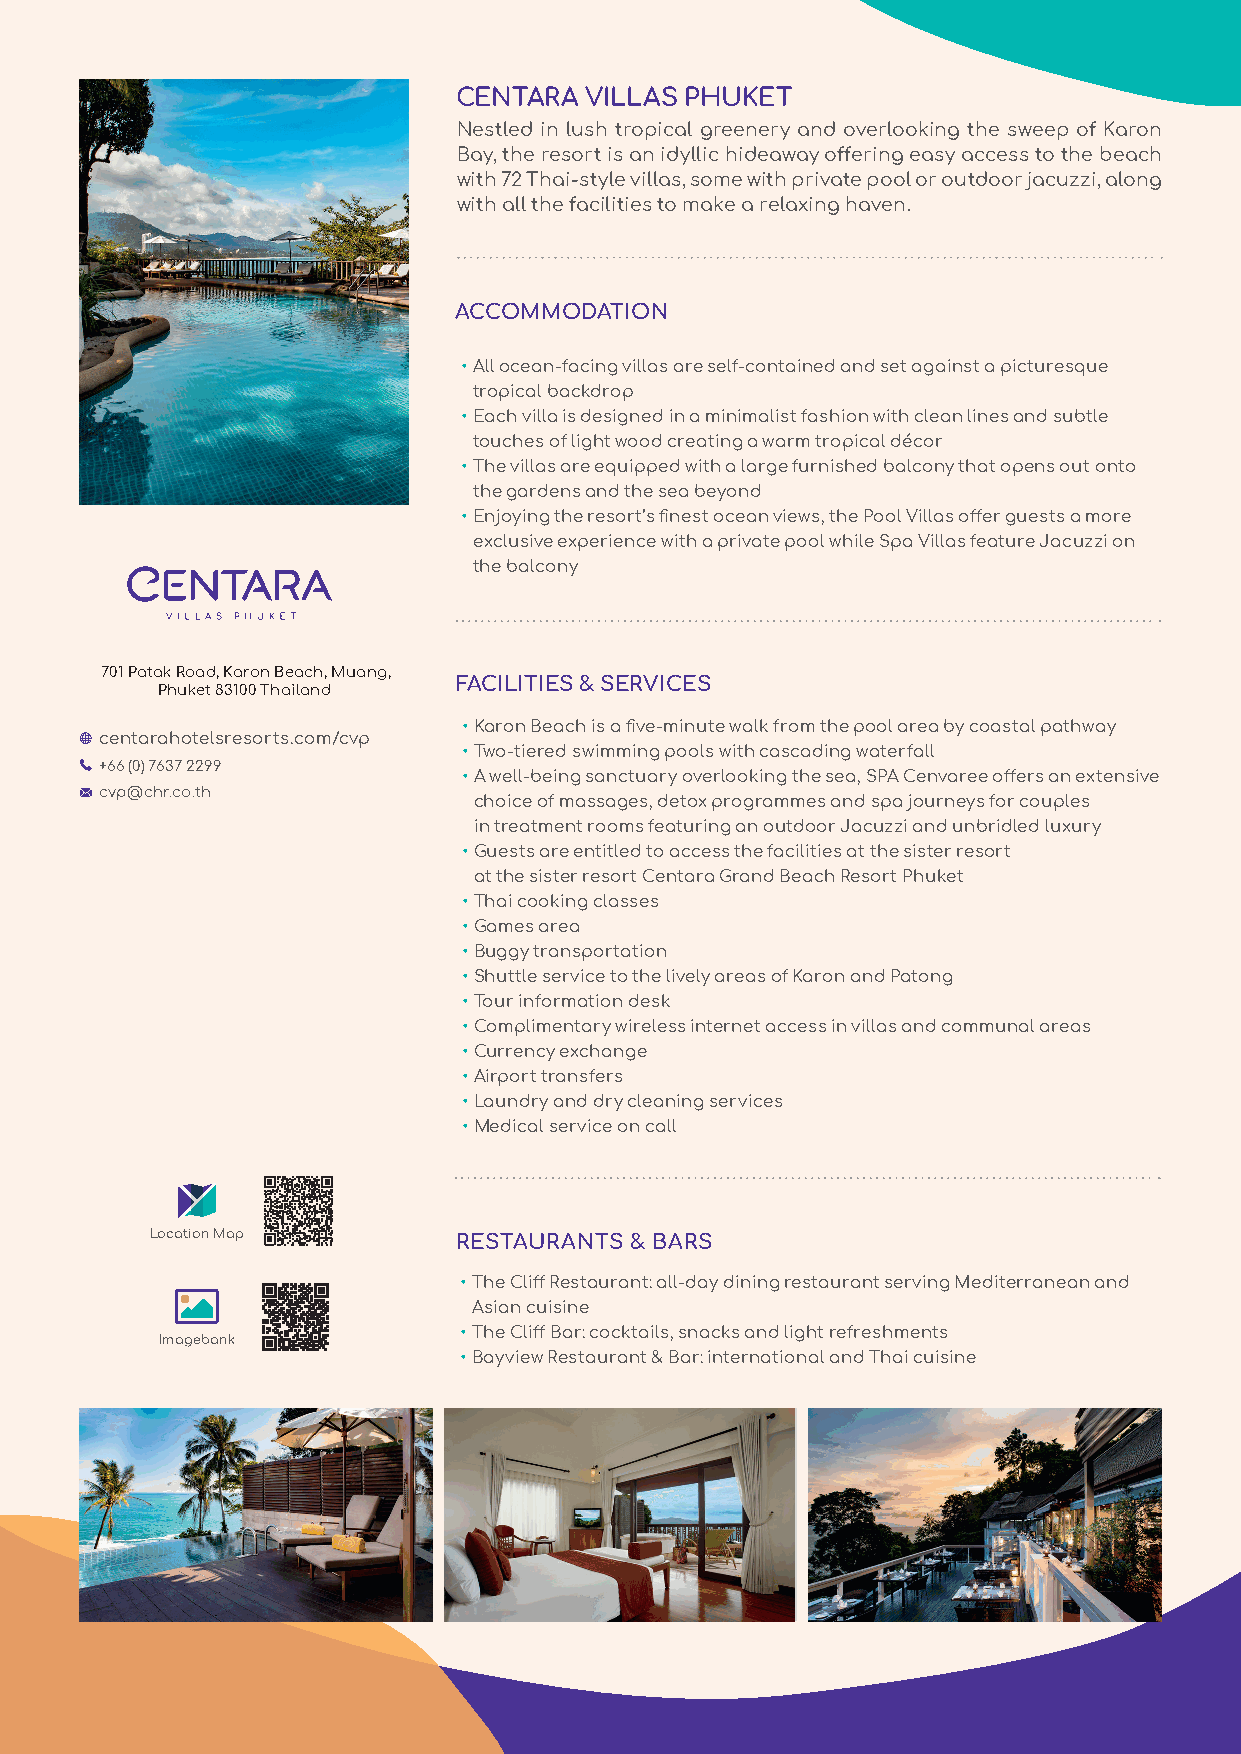
CENTARA  VILLAS PHUKET
 Nestled in lush tropical greenery and overlooking the sweep of Karon
 Bay, the resort is an idyllic hideaway off ering easy access to the beach
 with 72 Thai-style villas, some with private pool or outdoor jacuzzi, along
 with all the facilities to make a relaxing haven.
 ACCOMMODATION
 • All ocean-facing villas are self-contained and set against a picturesque
 tropical backdrop
 • Each villa is designed in a minimalist fashion with clean lines and subtle
 touches of light wood creating a warm tropical décor
 • The villas are equipped with a large furnished balcony that opens out onto
 the gardens and the sea beyond
 • Enjoying the resort’s fi nest ocean views, the Pool Villas off er guests a more
 exclusive experience with a private pool while Spa Villas feature Jacuzzi on
 the balcony
 701 Patak Road, Karon Beach, Muang,
 FACILITIES & SERVICES
 Phuket 83100 Thailand
 • Karon Beach is a fi ve-minute walk from the pool area by coastal pathway
 centarahotelsresorts.com/cvp
 • Two-tiered swimming pools with cascading waterfall
 +66 (0) 7637 2299
 • A well-being sanctuary overlooking the sea, SPA Cenvaree off ers an extensive
 cvp@chr.co.th
 choice of massages, detox programmes and spa journeys for couples
 in treatment rooms featuring an outdoor Jacuzzi and unbridled luxury
 • Guests are entitled to access the facilities at the sister resort
 at the sister resort Centara Grand Beach Resort Phuket
 • Thai cooking classes
 • Games area
 • Buggy transportation
 • Shuttle service to the lively areas of Karon and Patong
 • Tour information desk
 • Complimentary wireless internet access in villas and communal areas
 • Currency exchange
 • Airport transfers
 • Laundry and dry cleaning services
 • Medical service on call
 Location Map        RESTAURANTS & BARS
 • The Cliff Restaurant: all-day dining restaurant serving Mediterranean and
 Asian cuisine
 • The Cliff Bar: cocktails, snacks and light refreshments
 Imagebank
 • Bayview Restaurant & Bar: international and Thai cuisine